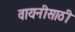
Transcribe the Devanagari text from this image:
वायनीसाठी